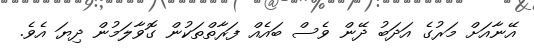
އޭނާއަށް މަރުގެ އަދަބު ދޭން ވެސް ބައެއް ފަރާތްތަކުން ގޮވާލަމުން ދިޔަ އެވެ.